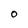
Character: O